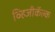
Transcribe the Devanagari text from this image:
व्हिजीकॅल्क